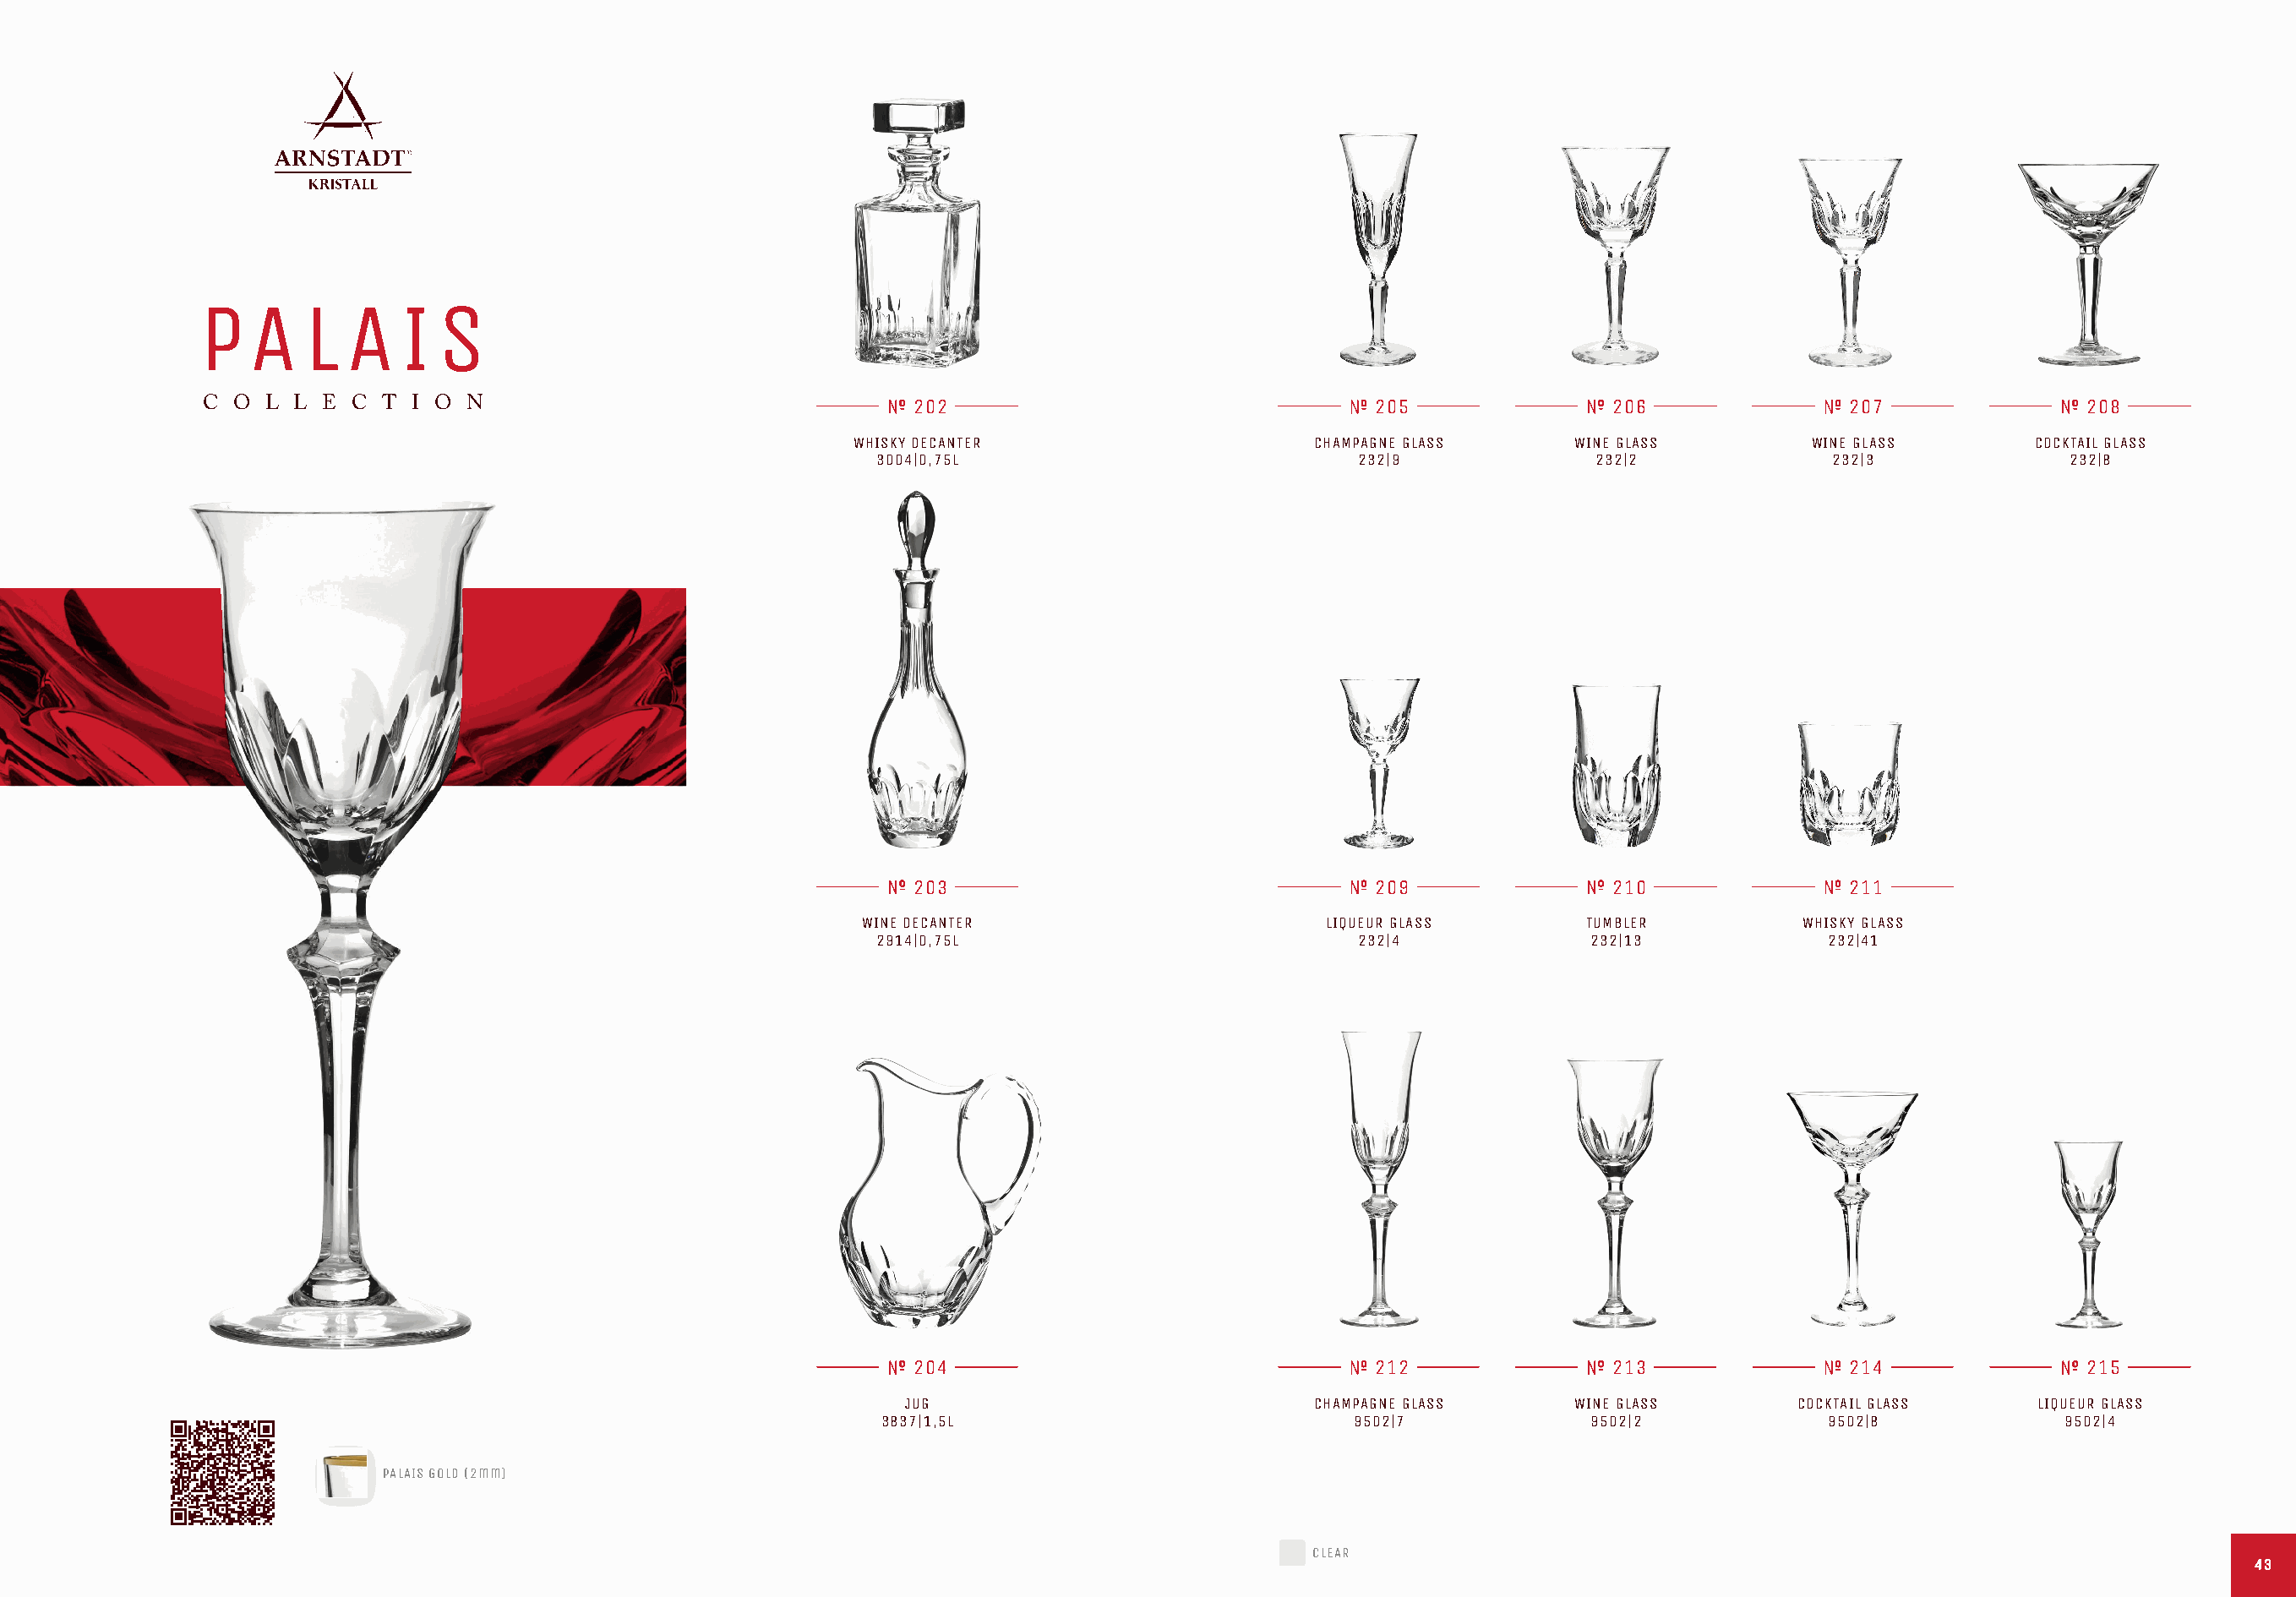
P   A   L  A   I  S
 C O  L L E  C T I O  N                                  202                                 205               206                207               208
 WHISKY DECANTER                     CHAMPAGNE GLASS     WINE GLASS         WINE GLASS       COCKTAIL GLASS
 3004|0,75L                           232|9              232|2              232|3             232|8
 203                                 209               210                211
 WINE DECANTER                       LIQUEUR GLASS       TUMBLER          WHISKY GLASS
 2914|0,75L                           232|4              232|13            232|41
 204                                 212               213                214               215
 JUG                             CHAMPAGNE GLASS     WINE GLASS        COCKTAIL GLASS     LIQUEUR GLASS
 3837|1,5L                            9502|7             9502|2            9502|8             9502|4
 PALAIS GOLD (2mm)
 CLEAR
 4433